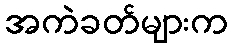
အကဲခတ်များက